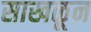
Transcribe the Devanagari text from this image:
साखळून